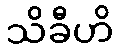
သိခီဟိ